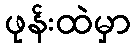
ဖုန်းထဲမှာ